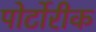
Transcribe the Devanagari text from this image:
पोर्टोरीक